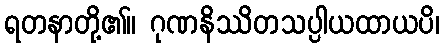
ရတနာတို့၏။ ဂုဏနိဿိတသပ္ပါယထာယပိ၊